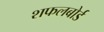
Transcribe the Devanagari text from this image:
शफलबोर्ड